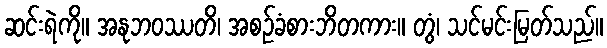
ဆင်းရဲကို။ အနုဘဝဿတိ၊ အစဉ်ခံစားဘိတကား။ တွံ၊ သင်မင်းမြတ်သည်။